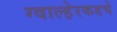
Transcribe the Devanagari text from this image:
ग्वाल्हेरकडचे